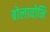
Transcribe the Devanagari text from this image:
बोलावोनि